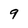
Character: 9